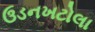
ઉડનખટોલા